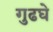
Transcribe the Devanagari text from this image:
गुढघे